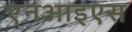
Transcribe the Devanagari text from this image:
एनआइएस